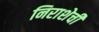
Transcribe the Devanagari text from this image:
निराशेची